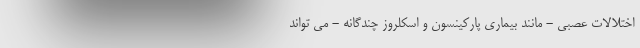
اختلالات عصبی - مانند بیماری پارکینسون و اسکلروز چندگانه - می تواند